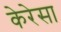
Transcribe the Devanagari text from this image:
केरेसा